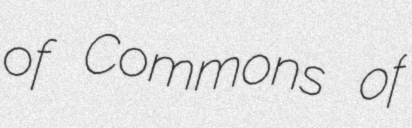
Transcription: of Commons of